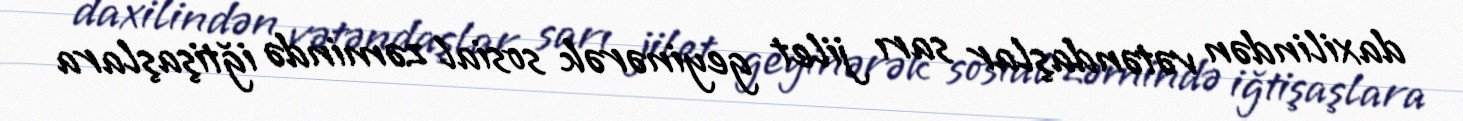
daxilindən vətəndaşlar sarı jilet geyinərək sosial zəmində iğtişaşlara